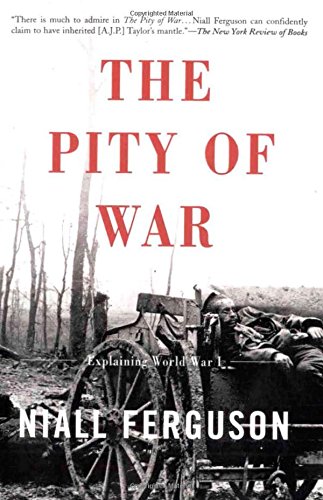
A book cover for The Pity Of War: Explaining World War I; Niall Ferguson; History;